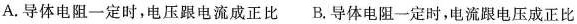
A.导体电阻一定时，电压跟电流成正比 B.导体电阻一定时，电流跟电压成正比